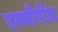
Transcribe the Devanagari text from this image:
एमबीपीज